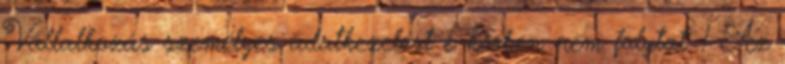
Vállalkozás személyes adatkezelést e körben nem folytat. 1 Az